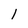
Character: l